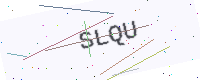
Text: SLQU